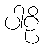
ပါဠိ